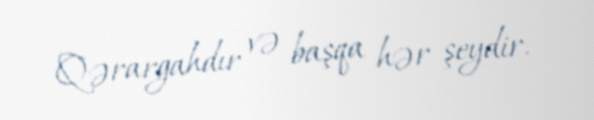
Qərargahdır və başqa hər şeydir.